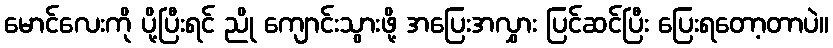
မောင်လေးကို ပို့ပြီးရင် ညို ကျောင်းသွားဖို့ အပြေးအလွှား ပြင်ဆင်ပြီး ပြေးရတော့တာပဲ။